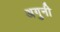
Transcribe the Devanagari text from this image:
अगुनी